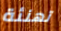
تهنئة